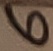
Text: 6